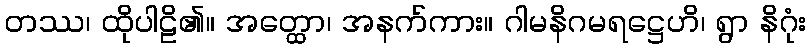
တဿ၊ ထိုပါဠိ၏။ အတ္ထော၊ အနက်ကား။ ဂါမနိဂမရဋ္ဌေဟိ၊ ရွာ နိဂုံး